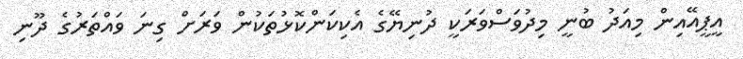
އީޕީއޭއިން މިއަދު ބުނީ މިދުވަސްވަރަކީ ދުނިޔޭގެ އެކިކަންކޮޅުތަކުން ވަރަށް ގިނަ ވައްތަރުގެ ދޫނި